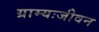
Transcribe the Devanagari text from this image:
ग्राम्यःजीवन